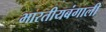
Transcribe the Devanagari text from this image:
भारतीयबंगाली